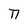
Character: n